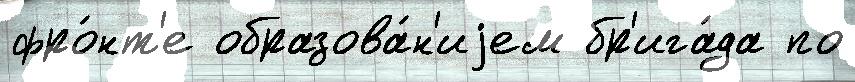
фро́нт'е образова́н'иjем бр'ига́да по